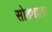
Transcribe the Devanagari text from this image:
सोड्याला